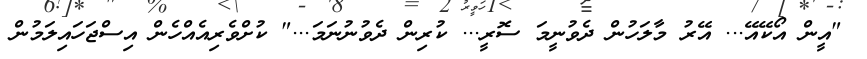
"އީން އޯކޭއޭ... އޭރު މާލަހުން ދެވުނީމަ ސޮރީ... ކުރިން ދެވުނުނަމަ..." ކުށްވެރިއެއްހެން އިސްޖަހައިލަމުން